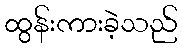
ထွန်းကားခဲ့သည်